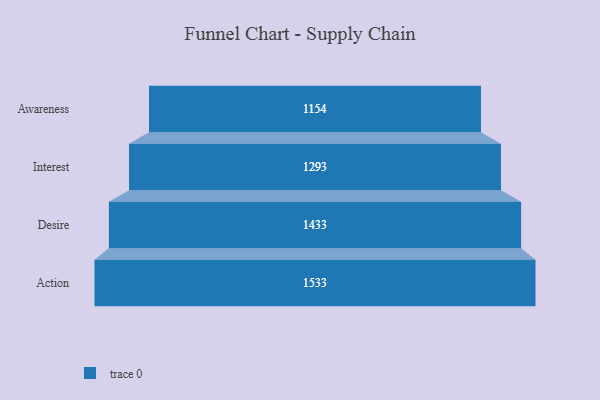
{"axis": {"x": "Stage", "y": "Value"}, "legend": [""], "data": [{"x": "Awareness", "y": 1154.0, "type": ""}, {"x": "Interest", "y": 1293.0, "type": ""}, {"x": "Desire", "y": 1433.0, "type": ""}, {"x": "Action", "y": 1533.0, "type": ""}]}